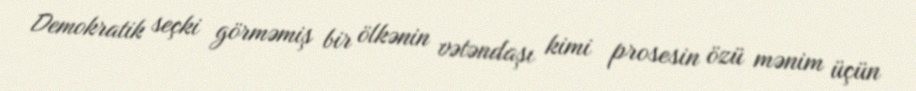
Demokratik seçki görməmiş bir ölkənin vətəndaşı kimi prosesin özü mənim üçün